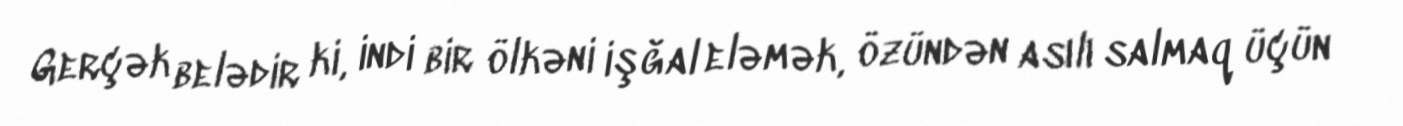
Gerçək belədir ki, indi bir ölkəni işğal eləmək, özündən asılı salmaq üçün